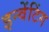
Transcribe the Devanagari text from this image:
इन्वेंटिंग